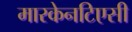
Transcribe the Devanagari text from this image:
मारकेनटिएसी